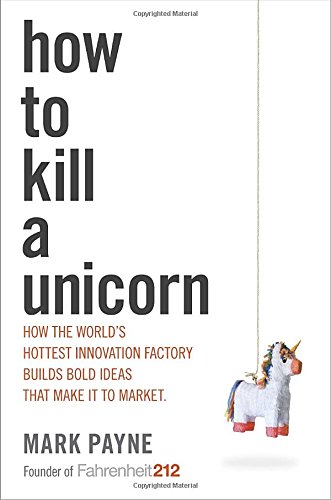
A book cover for How to Kill a Unicorn: How the World's Hottest Innovation Factory Builds Bold Ideas That Make It to Market; Mark Payne; Business & Money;